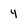
Character: 4